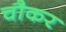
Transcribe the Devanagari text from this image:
चौकर